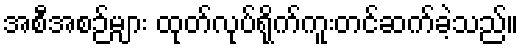
အစီအစဉ်များ ထုတ်လုပ်ရိုက်ကူးတင်ဆက်ခဲ့သည်။